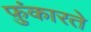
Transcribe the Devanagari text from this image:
फ़ुंकारते